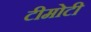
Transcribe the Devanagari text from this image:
टीमोटी